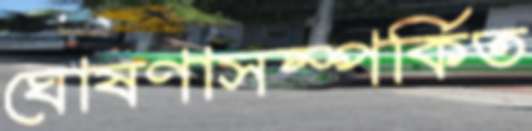
ঘোষণাসম্পর্কিত